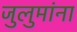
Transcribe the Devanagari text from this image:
जुलुमांना